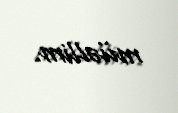
müəllim.